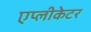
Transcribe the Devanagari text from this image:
एप्लीकेटर